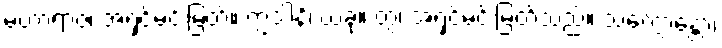
မဟာရာဇ၊ အရှင်မင်းမြတ်။ ဣဒါနိ၊ ယခု။ တွံ၊ အရှင်မင်းမြတ်သည်။ သက္ကောန္တော၊